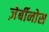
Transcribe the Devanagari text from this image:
ज़ेर्बीनोस